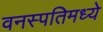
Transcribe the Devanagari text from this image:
वनस्पतिमध्ये